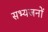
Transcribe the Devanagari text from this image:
सभ्यजनों